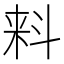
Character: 𬻢